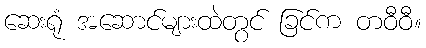
ဆေးရုံ အဆောင်များထဲတွင် ခြင်က တဝီဝီ။